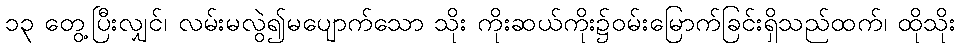
၁၃ တွေ့ပြီးလျှင်၊ လမ်းမလွဲ၍မပျောက်သော သိုး ကိုးဆယ်ကိုး၌ဝမ်းမြောက်ခြင်းရှိသည်ထက်၊ ထိုသိုး